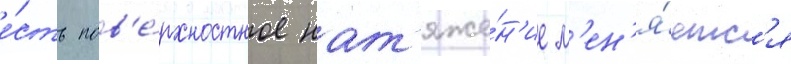
е́сть пов'е́рхностное нат'яже́н'ие м'ен'я́етс'я